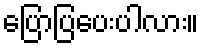
ပြောပြပေးပါလား။